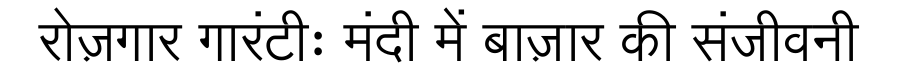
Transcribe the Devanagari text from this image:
रोज़गार गारंटीः मंदी में बाज़ार की संजीवनी